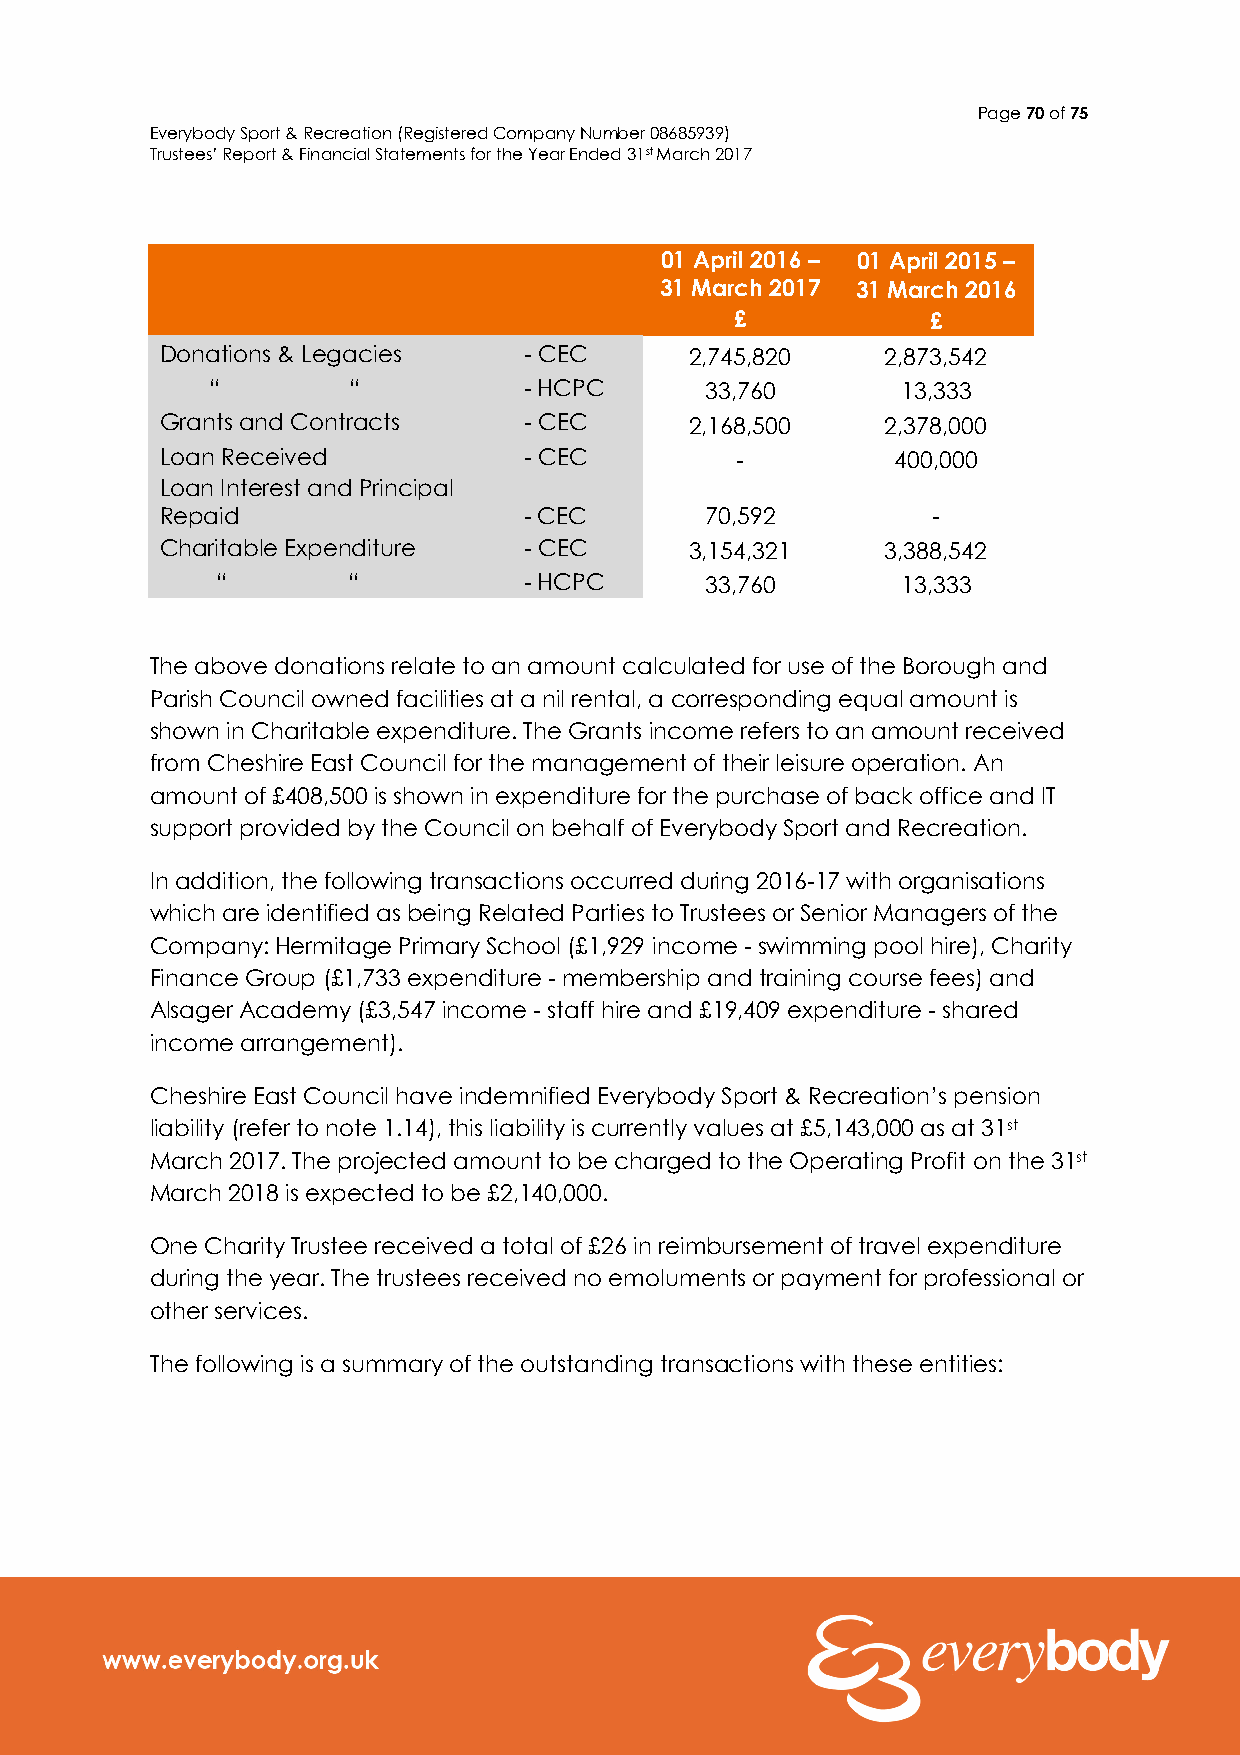
Page 70 of 75
 Everybody Sport & Recreation (Registered Company Number 08685939)
 Trustees’ Report & Financial Statements for the Year Ended 31st March 2017
 01 April 2016 – 01 April 2015 –
 31 March 2017 31 March 2016
 £            £
 Donations & Legacies    - CEC      2,745,820    2,873,542
 “        “           - HCPC      33,760       13,333
 Grants and Contracts    - CEC      2,168,500    2,378,000
 Loan Received           - CEC         -         400,000
 Loan Interest and Principal
 Repaid                  - CEC       70,592         -
 Charitable Expenditure  - CEC      3,154,321    3,388,542
 “        “           - HCPC      33,760       13,333
 The above donations relate to an amount calculated for use of the Borough and
 Parish Council owned facilities at a nil rental, a corresponding equal amount is
 shown in Charitable expenditure. The Grants income refers to an amount received
 from Cheshire East Council for the management of their leisure operation. An
 amount of £408,500 is shown in expenditure for the purchase of back office and IT
 support provided by the Council on behalf of Everybody Sport and Recreation.
 In addition, the following transactions occurred during 2016-17 with organisations
 which are identified as being Related Parties to Trustees or Senior Managers of the
 Company: Hermitage Primary School (£1,929 income - swimming pool hire), Charity
 Finance Group (£1,733 expenditure - membership and training course fees) and
 Alsager Academy (£3,547 income - staff hire and £19,409 expenditure - shared
 income arrangement).
 Cheshire East Council have indemnified Everybody Sport & Recreation’s pension
 liability (refer to note 1.14), this liability is currently values at £5,143,000 as at 31st
 March 2017. The projected amount to be charged to the Operating Profit on the 31st
 March 2018 is expected to be £2,140,000.
 One Charity Trustee received a total of £26 in reimbursement of travel expenditure
 during the year. The trustees received no emoluments or payment for professional or
 other services.
 The following is a summary of the outstanding transactions with these entities: